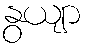
နွယျာ